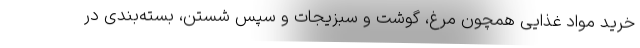
خرید مواد غذایی همچون مرغ، گوشت و سبزیجات و سپس شستن، بسته‌بندی در